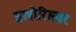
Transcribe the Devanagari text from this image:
डलोरिसवर